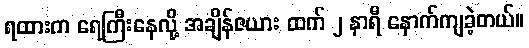
ရထားက ရေကြီးနေလို့ အချိန်ဇယား ထက် ၂ နာရီ နောက်ကျခဲ့တယ်။